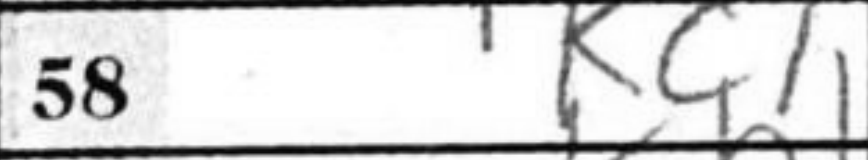
Transcription: Kc1